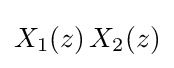
X_{1}(z)\,X_{2}(z)